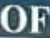
OF